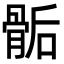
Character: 骺